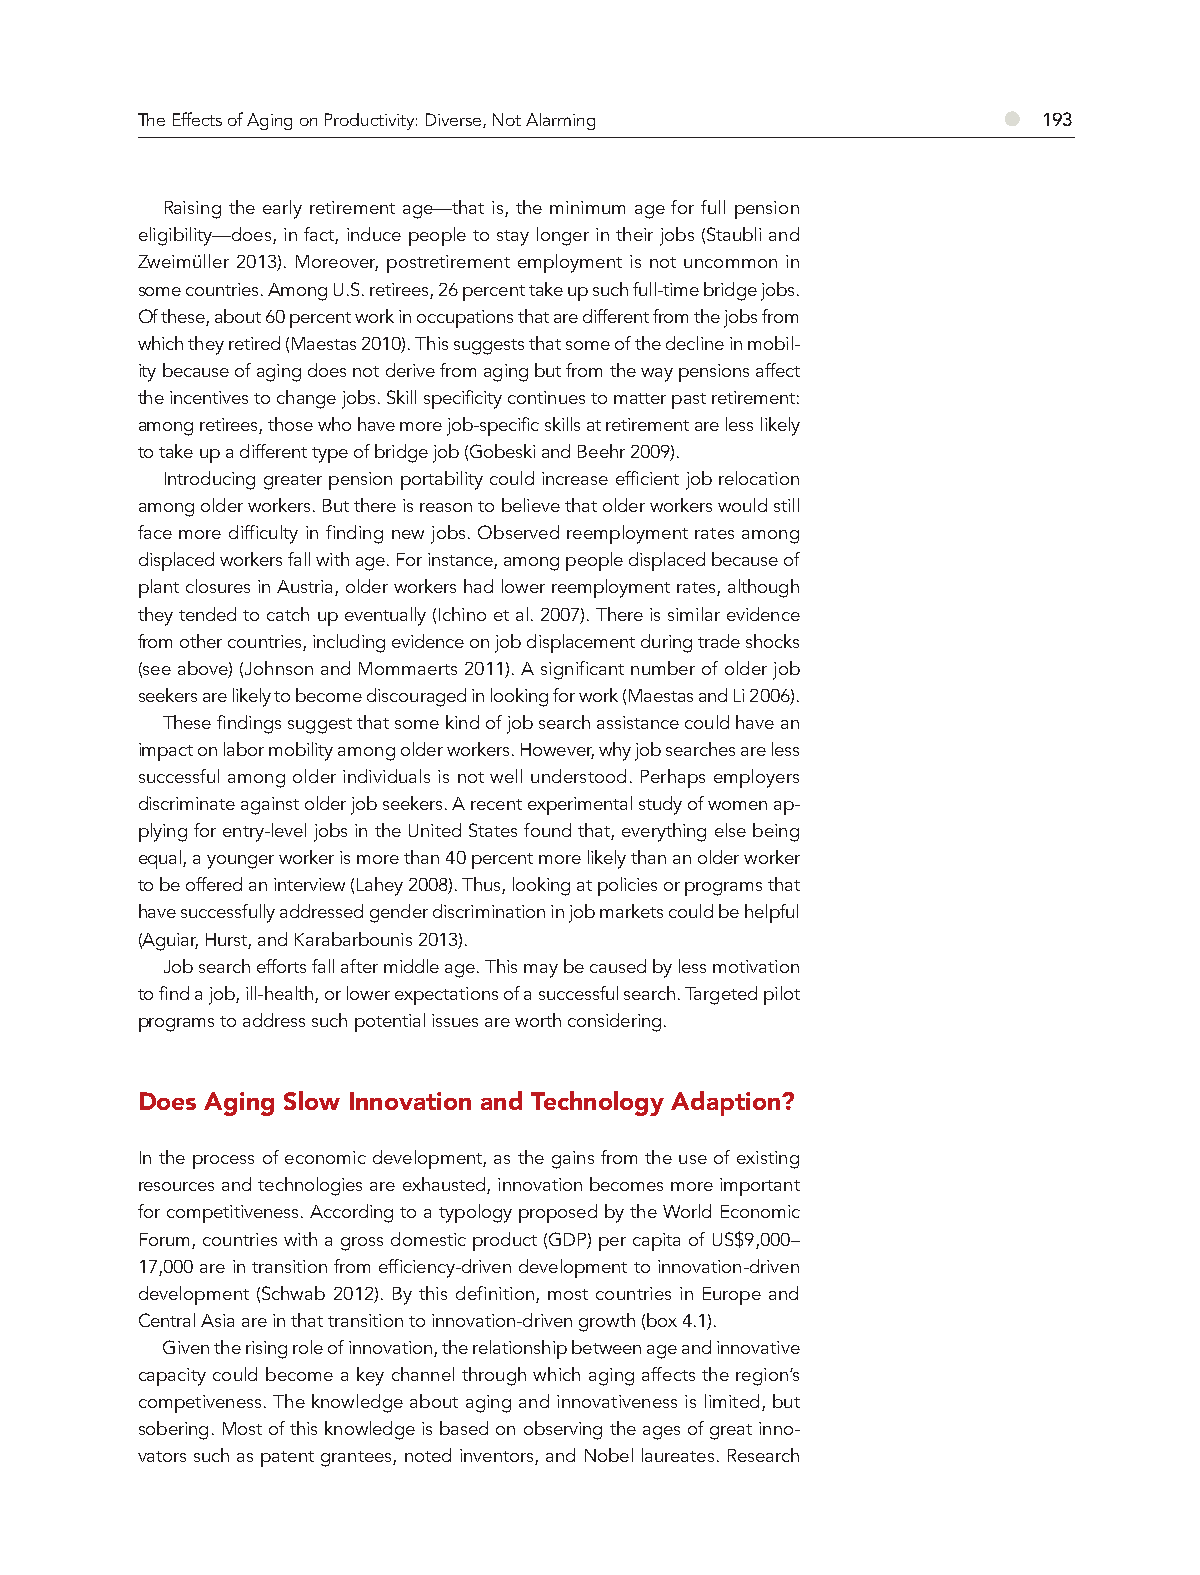
The Effects of Aging on Productivity: Diverse, Not Alarming ● 193
 Raising the early retirement age—that is, the minimum age for full pension
 eligibility—does, in fact, induce people to stay longer in their jobs (Staubli and
 Zweimüller 2013). Moreover, postretirement employment is not uncommon in
 some countries. Among U.S. retirees, 26 percent take up such full-time bridge jobs.
 Of these, about 60 percent work in occupations that are different from the jobs from
 which they retired (Maestas 2010). This suggests that some of the decline in mobil-
 ity because of aging does not derive from aging but from the way pensions affect
 the incentives to change jobs. Skill specificity continues to matter past retirement:
 among retirees, those who have more job-specific skills at retirement are less likely
 to take up a different type of bridge job (Gobeski and Beehr 2009).
 Introducing greater pension portability could increase efficient job relocation
 among older workers. But there is reason to believe that older workers would still
 face more difficulty in finding new jobs. Observed reemployment rates among
 displaced workers fall with age. For instance, among people displaced because of
 plant closures in Austria, older workers had lower reemployment rates, although
 they tended to catch up eventually (Ichino et al. 2007). There is similar evidence
 from other countries, including evidence on job displacement during trade shocks
 (see above) (Johnson and Mommaerts 2011). A significant number of older job
 seekers are likely to become discouraged in looking for work (Maestas and Li 2006).
 These findings suggest that some kind of job search assistance could have an
 impact on labor mobility among older workers. However, why job searches are less
 successful among older individuals is not well understood. Perhaps employers
 discriminate against older job seekers. A recent experimental study of women ap-
 plying for entry-level jobs in the United States found that, everything else being
 equal, a younger worker is more than 40 percent more likely than an older worker
 to be offered an interview (Lahey 2008). Thus, looking at policies or programs that
 have successfully addressed gender discrimination in job markets could be helpful
 (Aguiar, Hurst, and Karabarbounis 2013).
 Job search efforts fall after middle age. This may be caused by less motivation
 to find a job, ill-health, or lower expectations of a successful search. Targeted pilot
 programs to address such potential issues are worth considering.
 Does Aging Slow Innovation and Technology Adaption?
 In the process of economic development, as the gains from the use of existing
 resources and technologies are exhausted, innovation becomes more important
 for competitiveness. According to a typology proposed by the World Economic
 Forum, countries with a gross domestic product (GDP) per capita of US$9,000–
 17,000 are in transition from efficiency-driven development to innovation-driven
 development (Schwab 2012). By this definition, most countries in Europe and
 Central Asia are in that transition to innovation-driven growth (box 4.1).
 Given the rising role of innovation, the relationship between age and innovative
 capacity could become a key channel through which aging affects the region’s
 competiveness. The knowledge about aging and innovativeness is limited, but
 sobering. Most of this knowledge is based on observing the ages of great inno-
 vators such as patent grantees, noted inventors, and Nobel laureates. Research